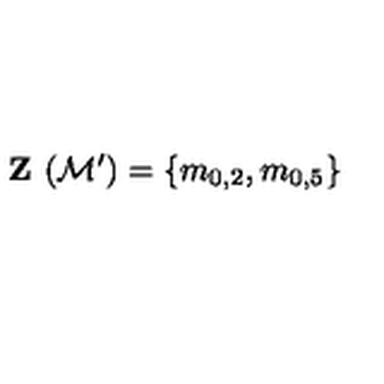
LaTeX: \textbf { Z } ( \mathcal { M } ^ { \prime } ) = \{ m _ { 0 , 2 } , m _ { 0 , 5 } \}